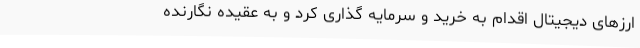
ارزهای دیجیتال اقدام به خرید و سرمایه گذاری کرد و به عقیده نگارنده